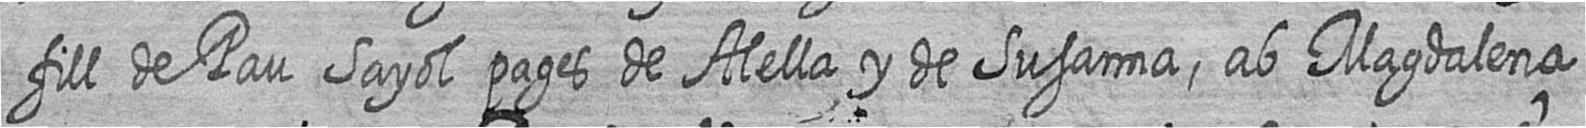
fill de Pau Sayol pages de Alella y de Susanna ab Magdalena